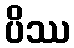
ပိဿ